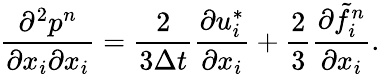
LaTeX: \frac{\partial^{2}p^{n}}{\partial x_{i}\partial x_{i}}=\frac{2}{3\Delta t}\frac{\partial u_{i}^{*}}{\partial x_{i}}+\frac{2}{3}\frac{\partial\tilde{f}_{i}^{n}}{\partial x_{i}}.